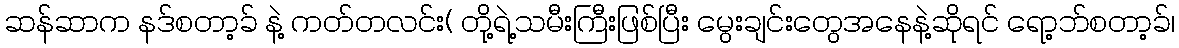
ဆန်ဆာက နဒ်စတာ့ခ် နဲ့ ကတ်တလင်း( တို့ရဲ့သမီးကြီးဖြစ်ပြီး မွေးချင်းတွေအနေနဲ့ဆိုရင် ရော့ဘ်စတာ့ခ်၊